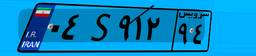
۵۷S۳۵۳۵۸